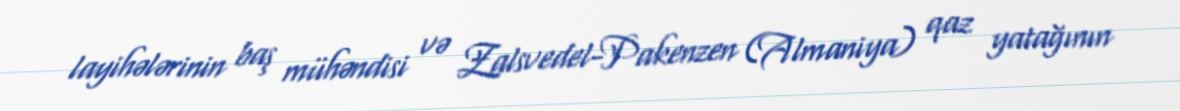
layihələrinin baş mühəndisi və Zalsvedel-Pakenzen (Almaniya) qaz yatağının